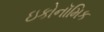
ઇકોનૉમિક